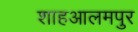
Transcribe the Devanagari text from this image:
शाहआलमपुर